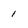
Character: 1